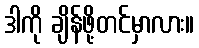
ဒါကို ချိန်ဖို့တင်မှာလား။